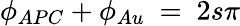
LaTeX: \phi_{APC}+\phi_{Au}~=~2s\pi